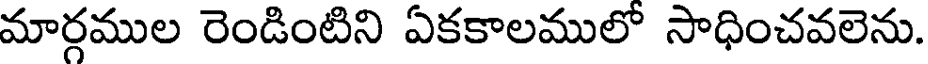
మార్గముల రెండింటిని ఏకకాలములో సాధించవలెను.